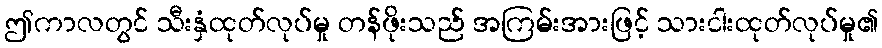
ဤကာလတွင် သီးနှံထုတ်လုပ်မှု တန်ဖိုးသည် အကြမ်းအားဖြင့် သားငါးထုတ်လုပ်မှု၏